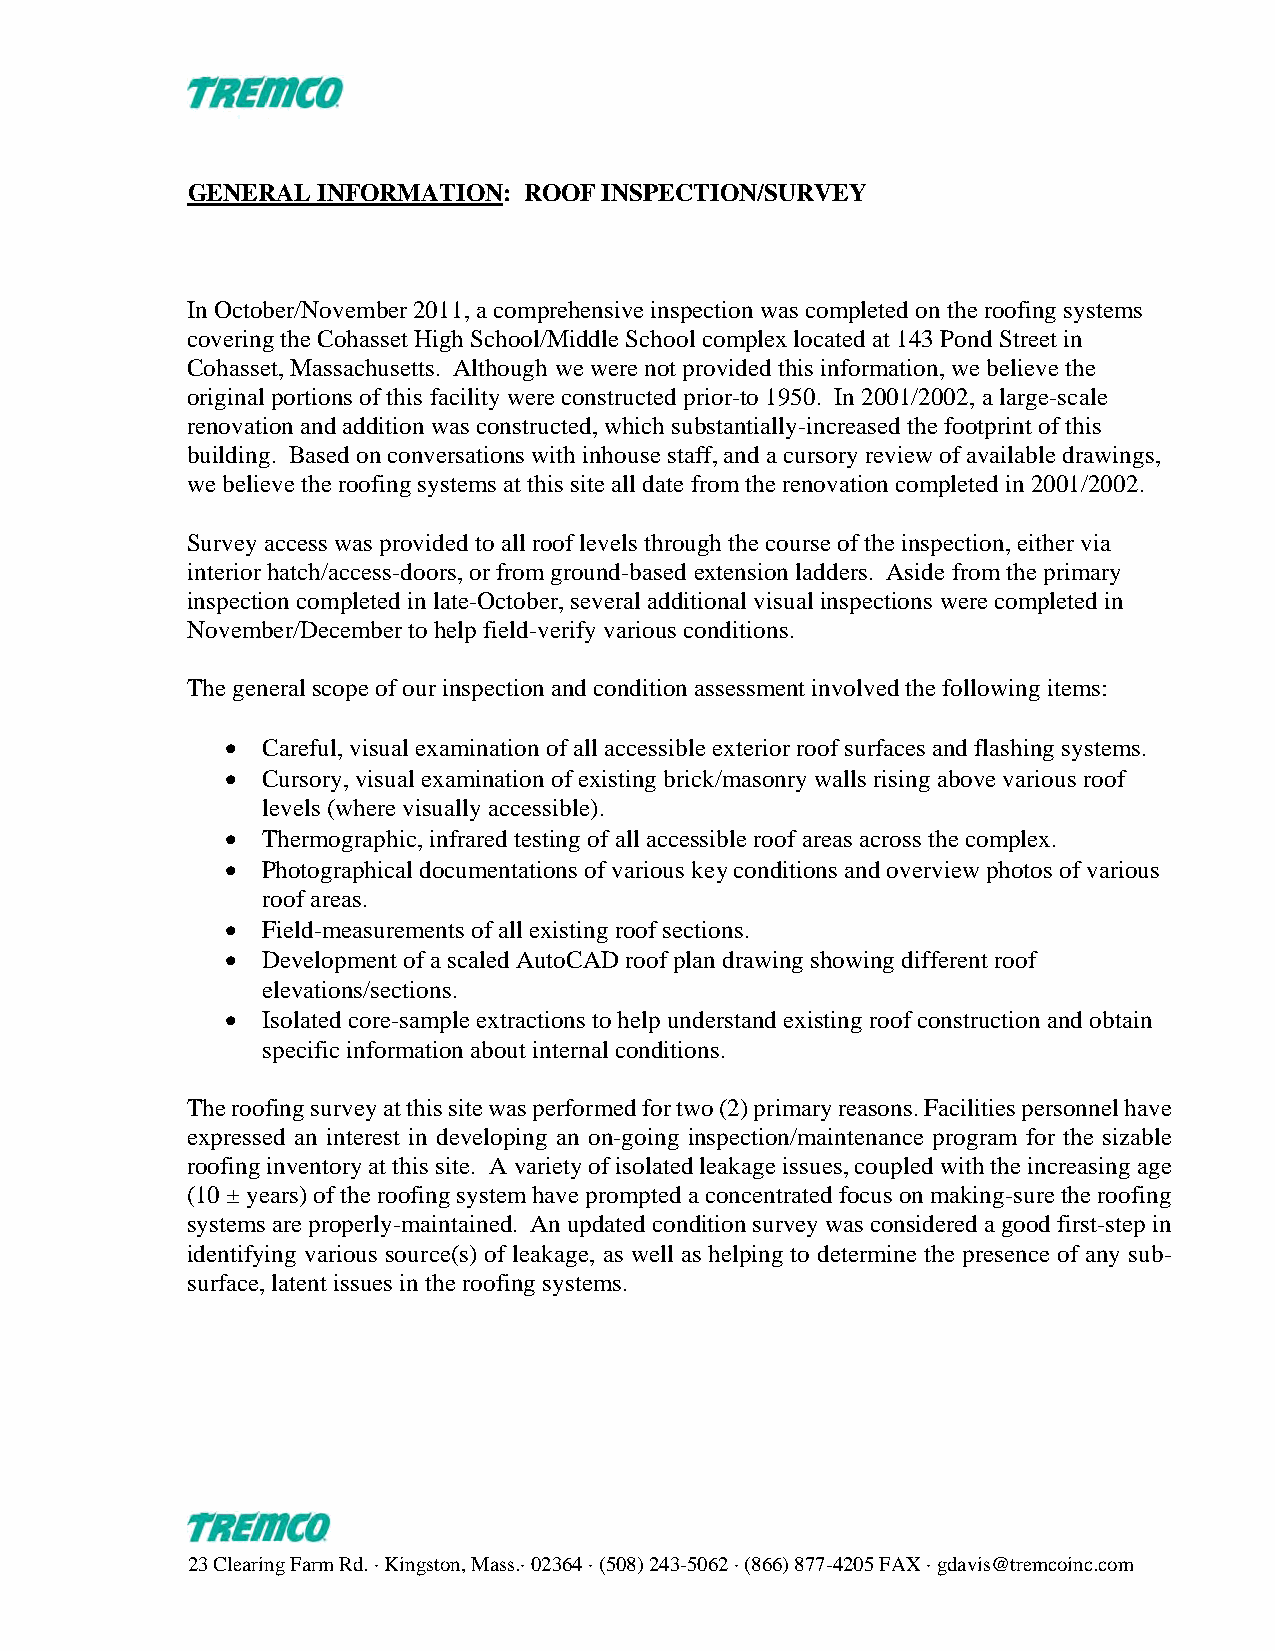
GENERAL  INFORMATION:  ROOF INSPECTION/SURVEY
 In October/November 2011, a comprehensive inspection was completed on the roofing systems
 covering the Cohasset High School/Middle School complex located at 143 Pond Street in
 Cohasset, Massachusetts. Although we were not provided this information, we believe the
 original portions of this facility were constructed prior-to 1950. In 2001/2002, a large-scale
 renovation and addition was constructed, which substantially-increased the footprint of this
 building. Based on conversations with inhouse staff, and a cursory review of available drawings,
 we believe the roofing systems at this site all date from the renovation completed in 2001/2002.
 Survey access was provided to all roof levels through the course of the inspection, either via
 interior hatch/access-doors, or from ground-based extension ladders. Aside from the primary
 inspection completed in late-October, several additional visual inspections were completed in
 November/December to help field-verify various conditions.
 The general scope of our inspection and condition assessment involved the following items:
  Careful, visual examination of all accessible exterior roof surfaces and flashing systems.
  Cursory, visual examination of existing brick/masonry walls rising above various roof
 levels (where visually accessible).
  Thermographic, infrared testing of all accessible roof areas across the complex.
  Photographical documentations of various key conditions and overview photos of various
 roof areas.
  Field-measurements of all existing roof sections.
  Development of a scaled AutoCAD roof plan drawing showing different roof
 elevations/sections.
  Isolated core-sample extractions to help understand existing roof construction and obtain
 specific information about internal conditions.
 The roofing survey at this site was performed for two (2) primary reasons. Facilities personnel have
 expressed an interest in developing an on-going inspection/maintenance program for the sizable
 roofing inventory at this site. A variety of isolated leakage issues, coupled with the increasing age
 (10 ± years) of the roofing system have prompted a concentrated focus on making-sure the roofing
 systems are properly-maintained. An updated condition survey was considered a good first-step in
 identifying various source(s) of leakage, as well as helping to determine the presence of any sub-
 surface, latent issues in the roofing systems.
 23 Clearing Farm Rd. · Kingston, Mass.· 02364 · (508) 243-5062 · (866) 877-4205 FAX · gdavis@tremcoinc.com